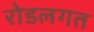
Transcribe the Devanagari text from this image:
रोडलगत